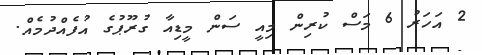
2 އަހަރު 6 މަސް ކުރިން މިއީ ސަން މީޑިއާ ގުރޫޕުގެ އުފެއްދުމެއް.